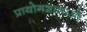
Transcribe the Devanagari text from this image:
प्रायोगशालाओं